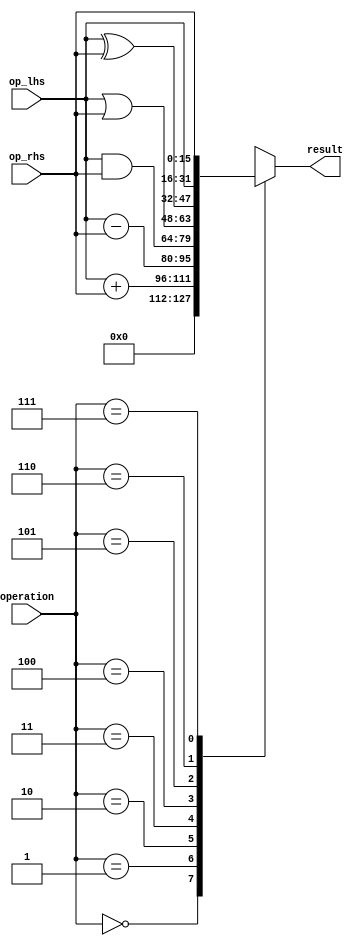
module alu(
	input [2:0] operation,
	input [15:0] op_lhs, op_rhs,
	output reg [15:0] result
);
	always @ (operation or op_lhs or op_rhs) begin
		case (operation)
			3'b000: result <= 16'b0;
			3'b001: result <= op_lhs + op_rhs;
			3'b010: result <= op_lhs - op_rhs;
			3'b011: result <= op_lhs & op_rhs;
			3'b100: result <= op_lhs | op_rhs;
			3'b101: result <= op_lhs ^ op_rhs;
			3'b110: result <= op_lhs;
			3'b111: result <= op_rhs;
			default: result <= 16'b0;
		endcase
	end
endmodule